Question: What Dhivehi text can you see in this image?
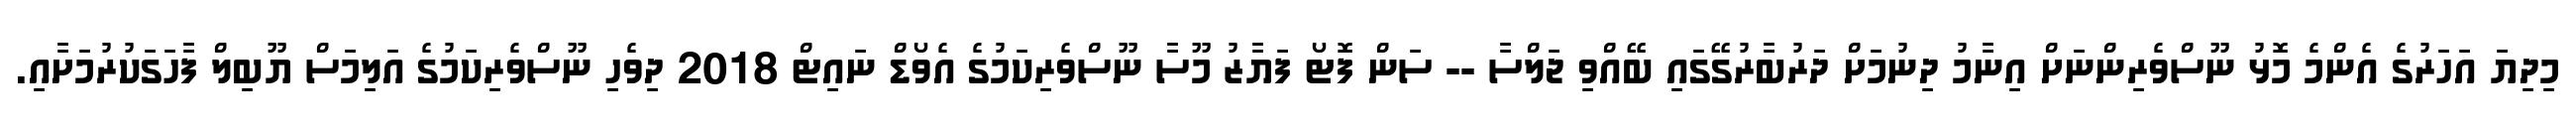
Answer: މިދިޔަ އަހަރުގެ އެންމެ މޮޅު ނޫސްވެރިންނަށް އިނާމު ދިނުމަށް ދަރުބާރުގޭގައި ބޭއްވި ޖަލްސާ -- ސަން ފޮޓޯ ފަޔާޒު މޫސާ ނޫސްވެރިކަމުގެ އެވޯޑް ނައިޓް 2018 ދިވެހި ނޫސްވެރިކަމުގެ އަލިމަސް ޔޫބިލް ފާހަގަކުރުމަށާއި.